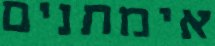
אימתנים